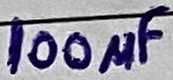
Text: 100µF